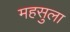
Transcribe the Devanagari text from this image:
महसुला